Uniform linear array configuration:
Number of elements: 4
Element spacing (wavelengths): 0.75
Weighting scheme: kaiser
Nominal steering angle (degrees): -15
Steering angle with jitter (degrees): -13.001
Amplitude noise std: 0.05
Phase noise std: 0.05

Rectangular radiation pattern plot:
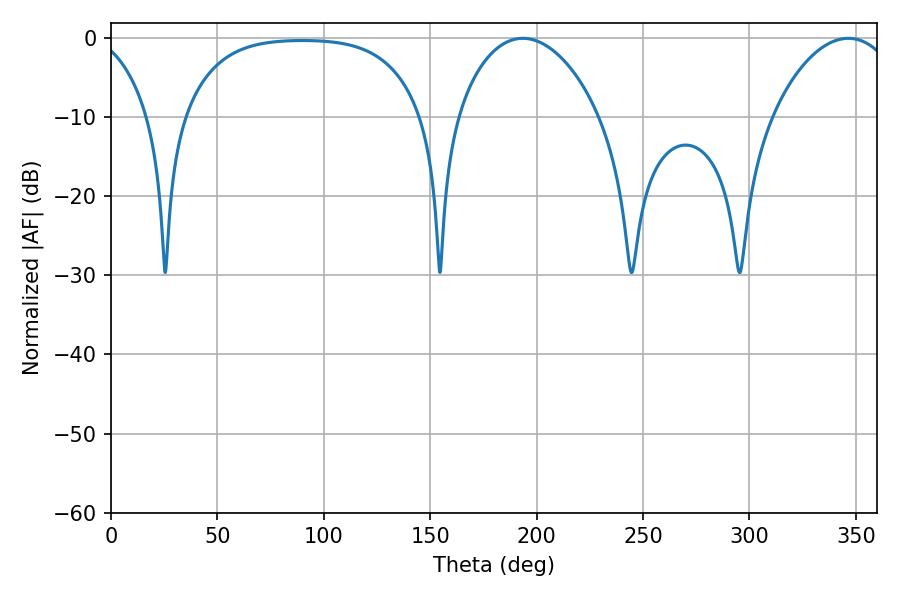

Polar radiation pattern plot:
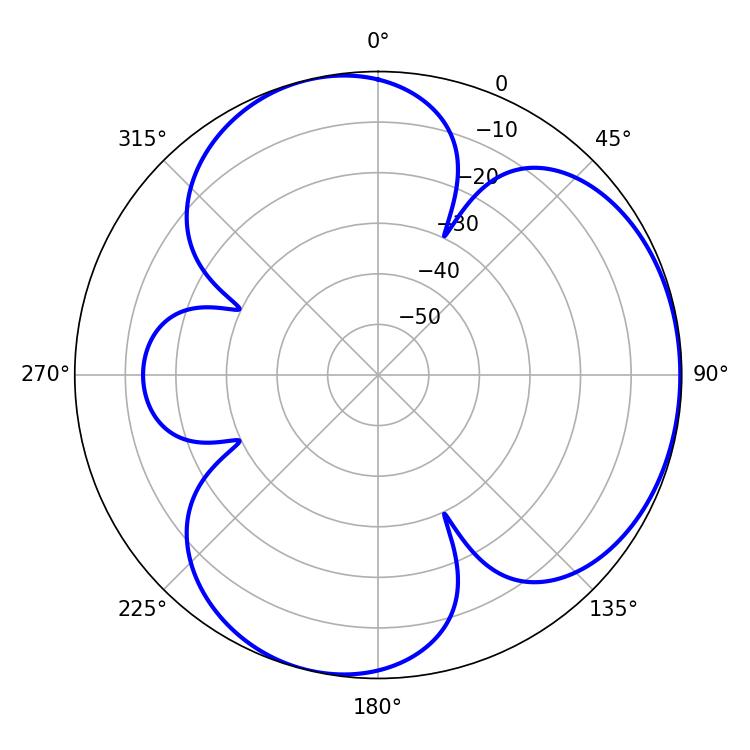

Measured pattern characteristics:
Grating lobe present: TRUE
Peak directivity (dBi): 4.136
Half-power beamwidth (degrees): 38.16
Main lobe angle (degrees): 193.5